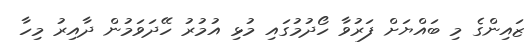
ޒައިންގެ މި ބައްޔަށް ފަރުވާ ހޯދުމުގައި މުޅި އުމުރު ހޭދަވަމުން ދާއިރު މިހާ